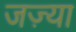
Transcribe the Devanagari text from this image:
जज़्या